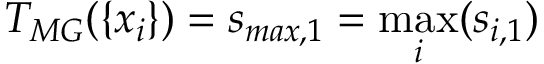
T _ { M G } ( \{ x _ { i } \} ) = s _ { m a x , 1 } = \operatorname* { m a x } _ { i } ( s _ { i , 1 } )